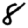
Digit: 8